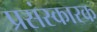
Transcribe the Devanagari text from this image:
प्रसंस्कारक